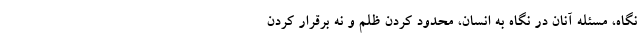
نگاه، مسئله آنان در نگاه به انسان، محدود کردن ظلم و نه برقرار کردن